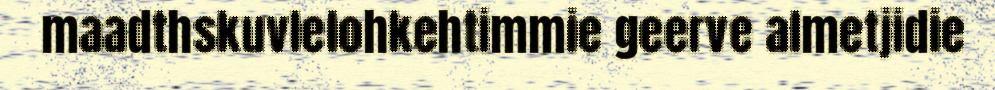
maadthskuvlelohkehtimmie geerve almetjidie